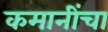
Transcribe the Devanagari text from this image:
कमानींचा